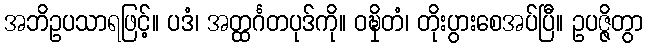
အဘိဥပသာရဖြင့်။ ပဒံ၊ အတ္ထင်္ဂတပုဒ်ကို။ ဝဍ္ဎှိတံ၊ တိုးပွားစေအပ်ပြီ။ ဥပဇ္ဇိတွာ